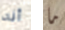
أنه ما